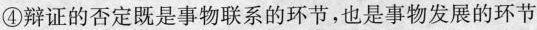
④辩证的否定既是事物联系的环节，也是事物发展的环节